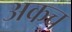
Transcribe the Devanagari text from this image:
अकच